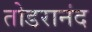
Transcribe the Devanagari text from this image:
तोडरानंद